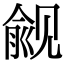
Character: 觎